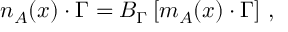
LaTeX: n _ { A } ( x ) \cdot \Gamma = { \cal B } _ { \Gamma } \left[ m _ { A } ( x ) \cdot \Gamma \right] \, ,